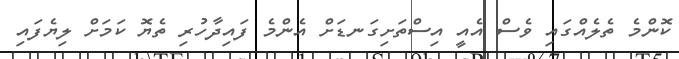
ކޮންމެ ތެލެއްގައި ވެސް އެއީ އިސްތަށިގަނޑަށް އެންމެ ފައިދާހުރި ތެޔޮ ކަމަށް ލިޔެފައި